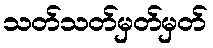
သတ်သတ်မှတ်မှတ်